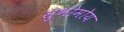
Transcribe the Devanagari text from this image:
सुभोमोय